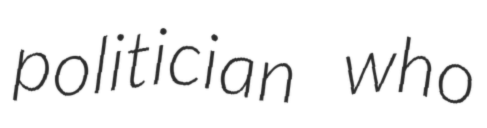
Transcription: politician who